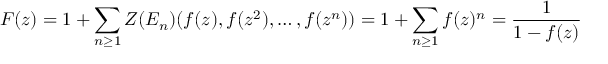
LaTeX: F ( z ) = 1 + \sum _ { n \geq 1 } Z ( E _ { n } ) ( f ( z ) , f ( z ^ { 2 } ) , \ldots , f ( z ^ { n } ) ) = 1 + \sum _ { n \geq 1 } f ( z ) ^ { n } = { \frac { 1 } { 1 - f ( z ) } }